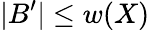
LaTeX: |B^{\prime}|\leq w(X)